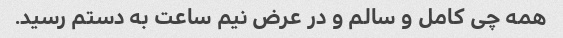
همه چی کامل و سالم و در عرض نیم ساعت به دستم رسید.